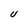
Character: U